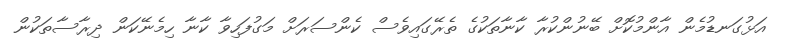
އަޅުގަނޑުމެން އާންމުކޮށް ބޭނުންކުރާ ކާނާތަކުގެ ތެރޭގައިވެސް ކެންސަރަށް މަގުފަހިވާ ކާނާ ހިމެނޭކަން ދިރާސާތަކުން